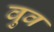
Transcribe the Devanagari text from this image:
वुव